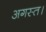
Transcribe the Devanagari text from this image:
अगस्त।